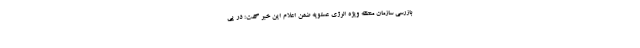
بازرسی سازمان منطقه ویژه انرژی عسلویه ضمن اعلام این خبر گفت: در پی